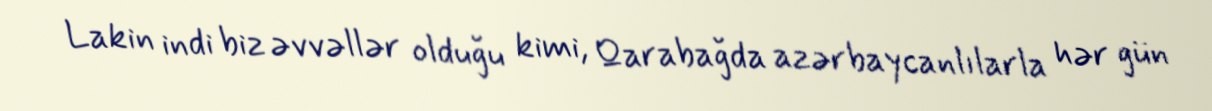
Lakin indi biz əvvəllər olduğu kimi, Qarabağda azərbaycanlılarla hər gün